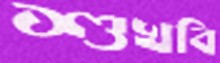
শুখবি